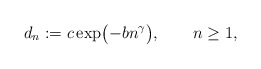
\begin{align*}d_n := c \exp \bigl( - b n^{\gamma} \bigr), ~~~~~~ n \geq 1, \end{align*}